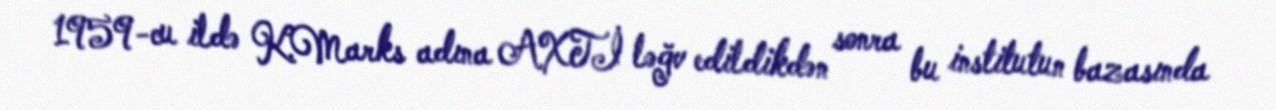
1959-cu ildə K.Marks adına AXTİ ləğv edildikdən sonra bu institutun bazasında